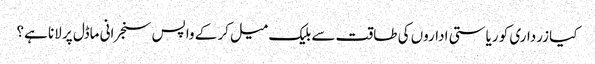
کیا زرداری کو ریاستی اداروں کی طاقت سے بلیک میل کر کے واپس سنجرانی ماڈل پر لانا ہے؟